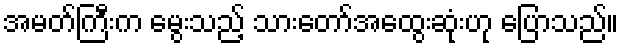
အမတ်ကြီးက မွေးသည့် သားတော်အထွေးဆုံးဟု ပြောသည်။